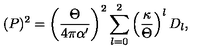
( P ) ^ { 2 } = \left( { \frac { \Theta } { 4 \pi \alpha ^ { \prime } } } \right) ^ { 2 } \sum _ { l = 0 } ^ { 2 } \left( \frac { \kappa } { \Theta } \right) ^ { l } D _ { l } ,